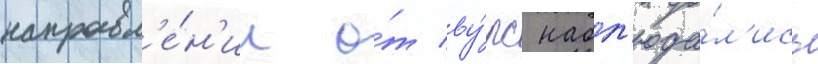
направл'е́н'ии о́т ву́рс набл'юда́л'ись